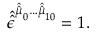
\hat { \hat { \epsilon } } ^ { \hat { \hat { \mu } } _ { 0 } \ldots \hat { \hat { \mu } } _ { 1 0 } } = 1 .